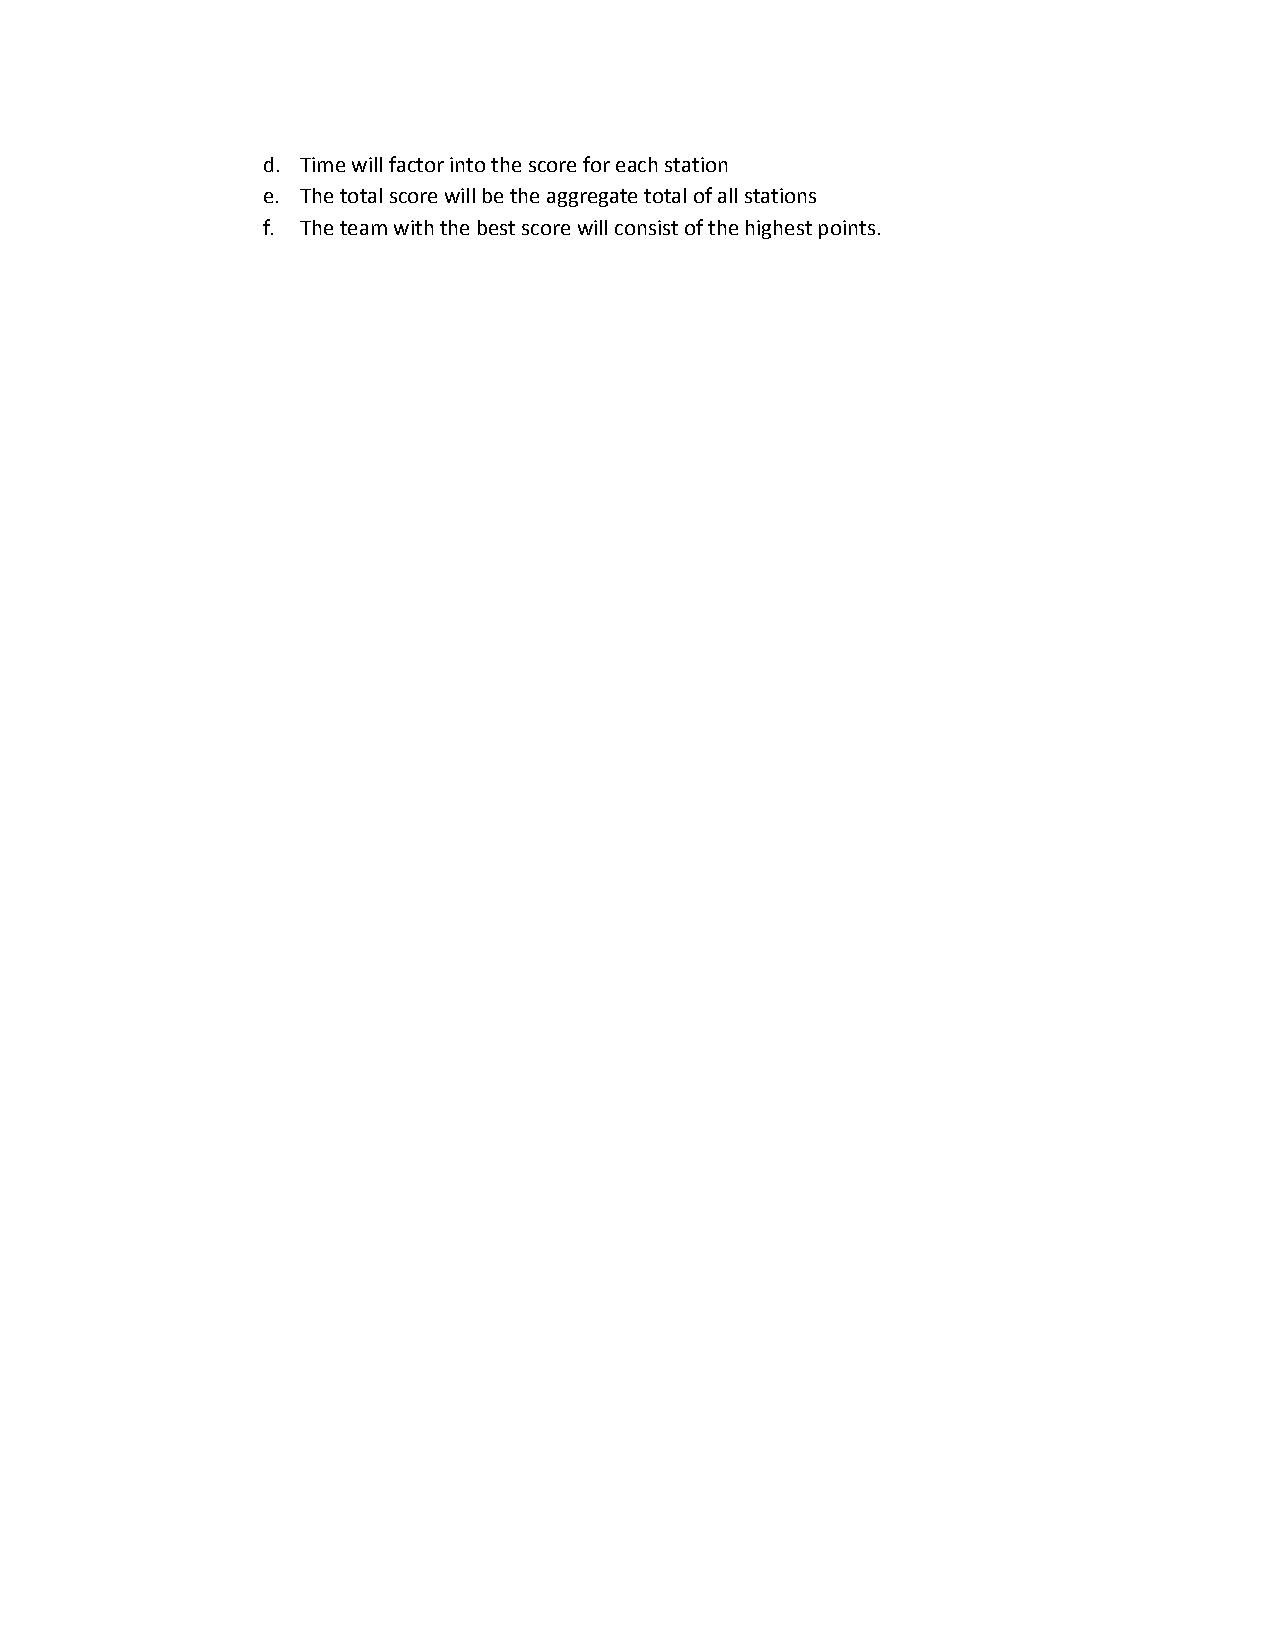
d. Time will factor into the score for each station
 ​​ ​​ ​​ ​​ ​​ ​​ ​​ ​​
 e. The total score will be the aggregate total of all stations
 ​​ ​​  ​​ ​​ ​​ ​​  ​​  ​​ ​​ ​​
 f. The team with the best score will consist of the highest points.
 ​​  ​​ ​​ ​​ ​​ ​​ ​​  ​​ ​​ ​​ ​​